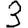
Digit: 3